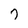
Character: 7